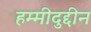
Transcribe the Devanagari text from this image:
हम्मीदुद्दीन